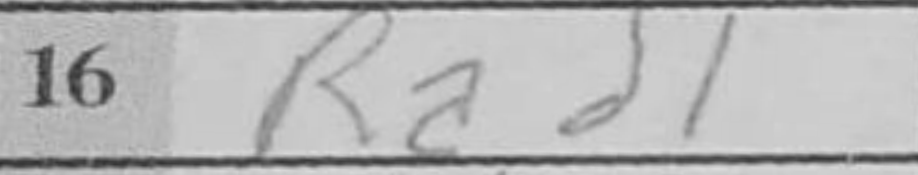
Transcription: Rad1